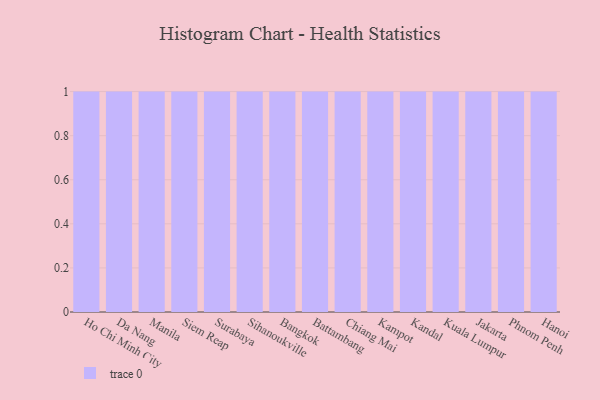
{"axis": {"x": "City", "y": "LTV (USD)"}, "legend": [""], "data": [{"x": "Ho Chi Minh City", "y": 32, "type": ""}, {"x": "Da Nang", "y": 32, "type": ""}, {"x": "Manila", "y": 31, "type": ""}, {"x": "Siem Reap", "y": 42, "type": ""}, {"x": "Surabaya", "y": 15, "type": ""}, {"x": "Sihanoukville", "y": 39, "type": ""}, {"x": "Bangkok", "y": 52, "type": ""}, {"x": "Battambang", "y": 55, "type": ""}, {"x": "Chiang Mai", "y": 24, "type": ""}, {"x": "Kampot", "y": 83, "type": ""}, {"x": "Kandal", "y": 79, "type": ""}, {"x": "Kuala Lumpur", "y": 91, "type": ""}, {"x": "Jakarta", "y": 49, "type": ""}, {"x": "Phnom Penh", "y": 65, "type": ""}, {"x": "Hanoi", "y": 45, "type": ""}]}